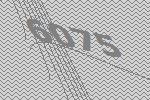
6075